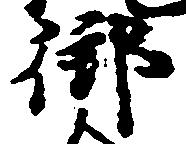
御